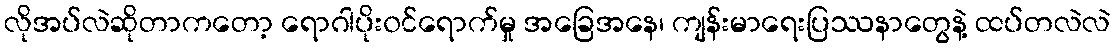
လိုအပ်လဲဆိုတာကတော့ ရောဂါပိုး၀င်ရောက်မှု အခြေအနေ၊ ကျန်းမာရေးပြဿနာတွေနဲ့ ထပ်တလဲလဲ